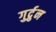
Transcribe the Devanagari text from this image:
गुर्द्रुन